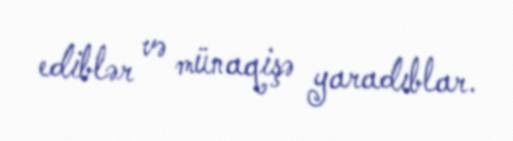
ediblər və münaqişə yaradıblar.